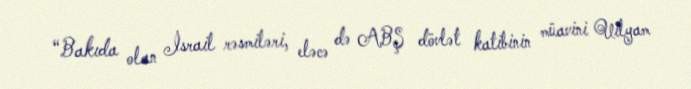
“Bakıda olan İsrail rəsmiləri, eləcə də ABŞ dövlət katibinin müavini Uilyam